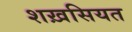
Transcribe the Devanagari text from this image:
शख़सियत